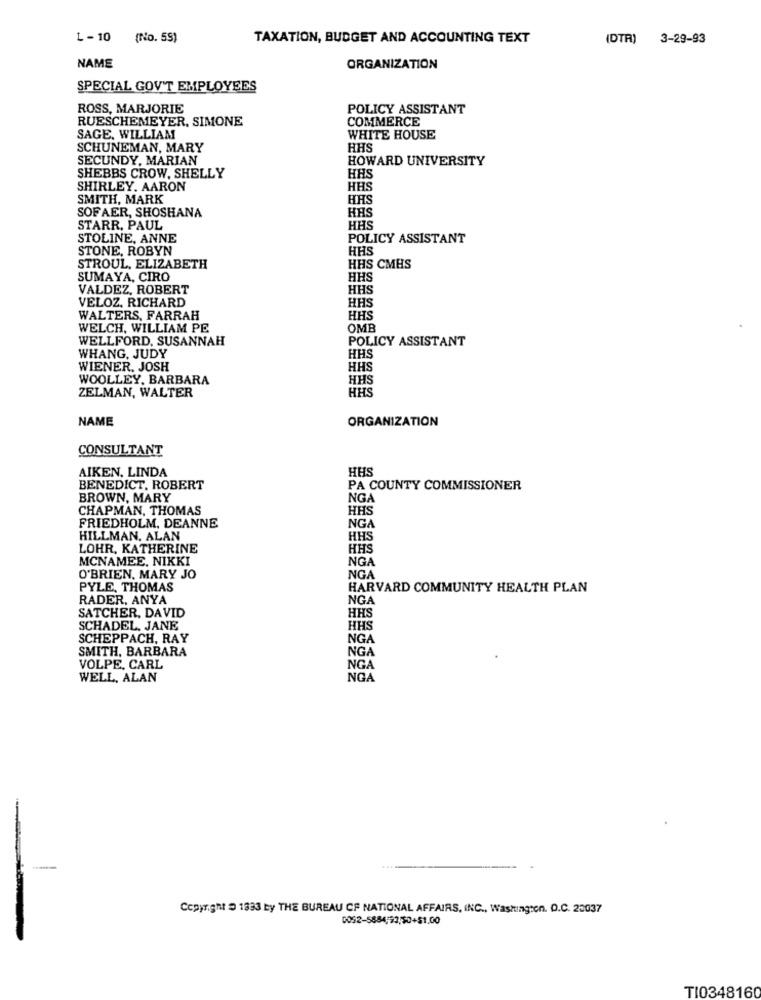
L-10 (No. 59)
TAXATION, BUDGET AND ACCOUNTING TEXT
(DTR)
3-29-93
NAME
ORGANIZATION
SPECIAL GOV'T EMPLOYEES
ROSS, MARJORIE
POLICY ASSISTANT
RUESCHEMEYER, SIMONE
COMMERCE
SAGE, WILLIAM
WHITE HOUSE
SCHUNEMAN, MARY
HHS
SECUNDY, MARIAN
HOWARD UNIVERSITY
HHS
SHEBBS CROW, SHELLY
SHIRLEY. AARON
HHS
SMITH, MARK
HHS
SOFAER, SHOSHANA
HAS
STARR, PAUL
HHS
STOLINE, ANNE
POLICY ASSISTANT
STONE, ROBYN
HHS
STROUL, ELIZABETH
HHS CMHS
SUMAYA, CIRO
HHS
VALDEZ, ROBERT
HHS
VELOZ. RICHARD
HHS
WALTERS, FARRAH
HHS
WELCH, WILLIAM PE
OMB
WELLFORD, SUSANNAH
POLICY ASSISTANT
HHS
WHANG, JUDY
WIENER, JOSH
HHS
WOOLLEY. BARBARA
HHS
ZELMAN, WALTER
HHS
NAME
ORGANIZATION
CONSULTANT
AIKEN, LINDA
HHS
BENEDICT. ROBERT
PA COUNTY COMMISSIONER
BROWN, MARY
NGA
CHAPMAN, THOMAS
HHS
NGA
FRIEDHOLM, DEANNE
HILLMAN, ALAN
HHS
LOHR, KATHERINE
HHS
MCNAMEE, NIKKI
NGA
O'BRIEN, MARY JO
NGA
PYLE, THOMAS
HARVARD COMMUNITY HEALTH PLAN
RADER, ANYA
NGA
SATCHER, DAVID
HHS
SCHADEL, JANE
HHS
SCHEPPACH, RAY
NGA
SMITH, BARBARA
NGA
VOLPE, CARL
NGA
WELL, ALAN
NGA
-
Copyright D 1833 by THE BUREAU OF NATIONAL AFFAIRS, INC ., Washington. O.C. 20037
TI0348160